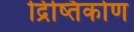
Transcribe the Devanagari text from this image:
द्रिष्तिकोण